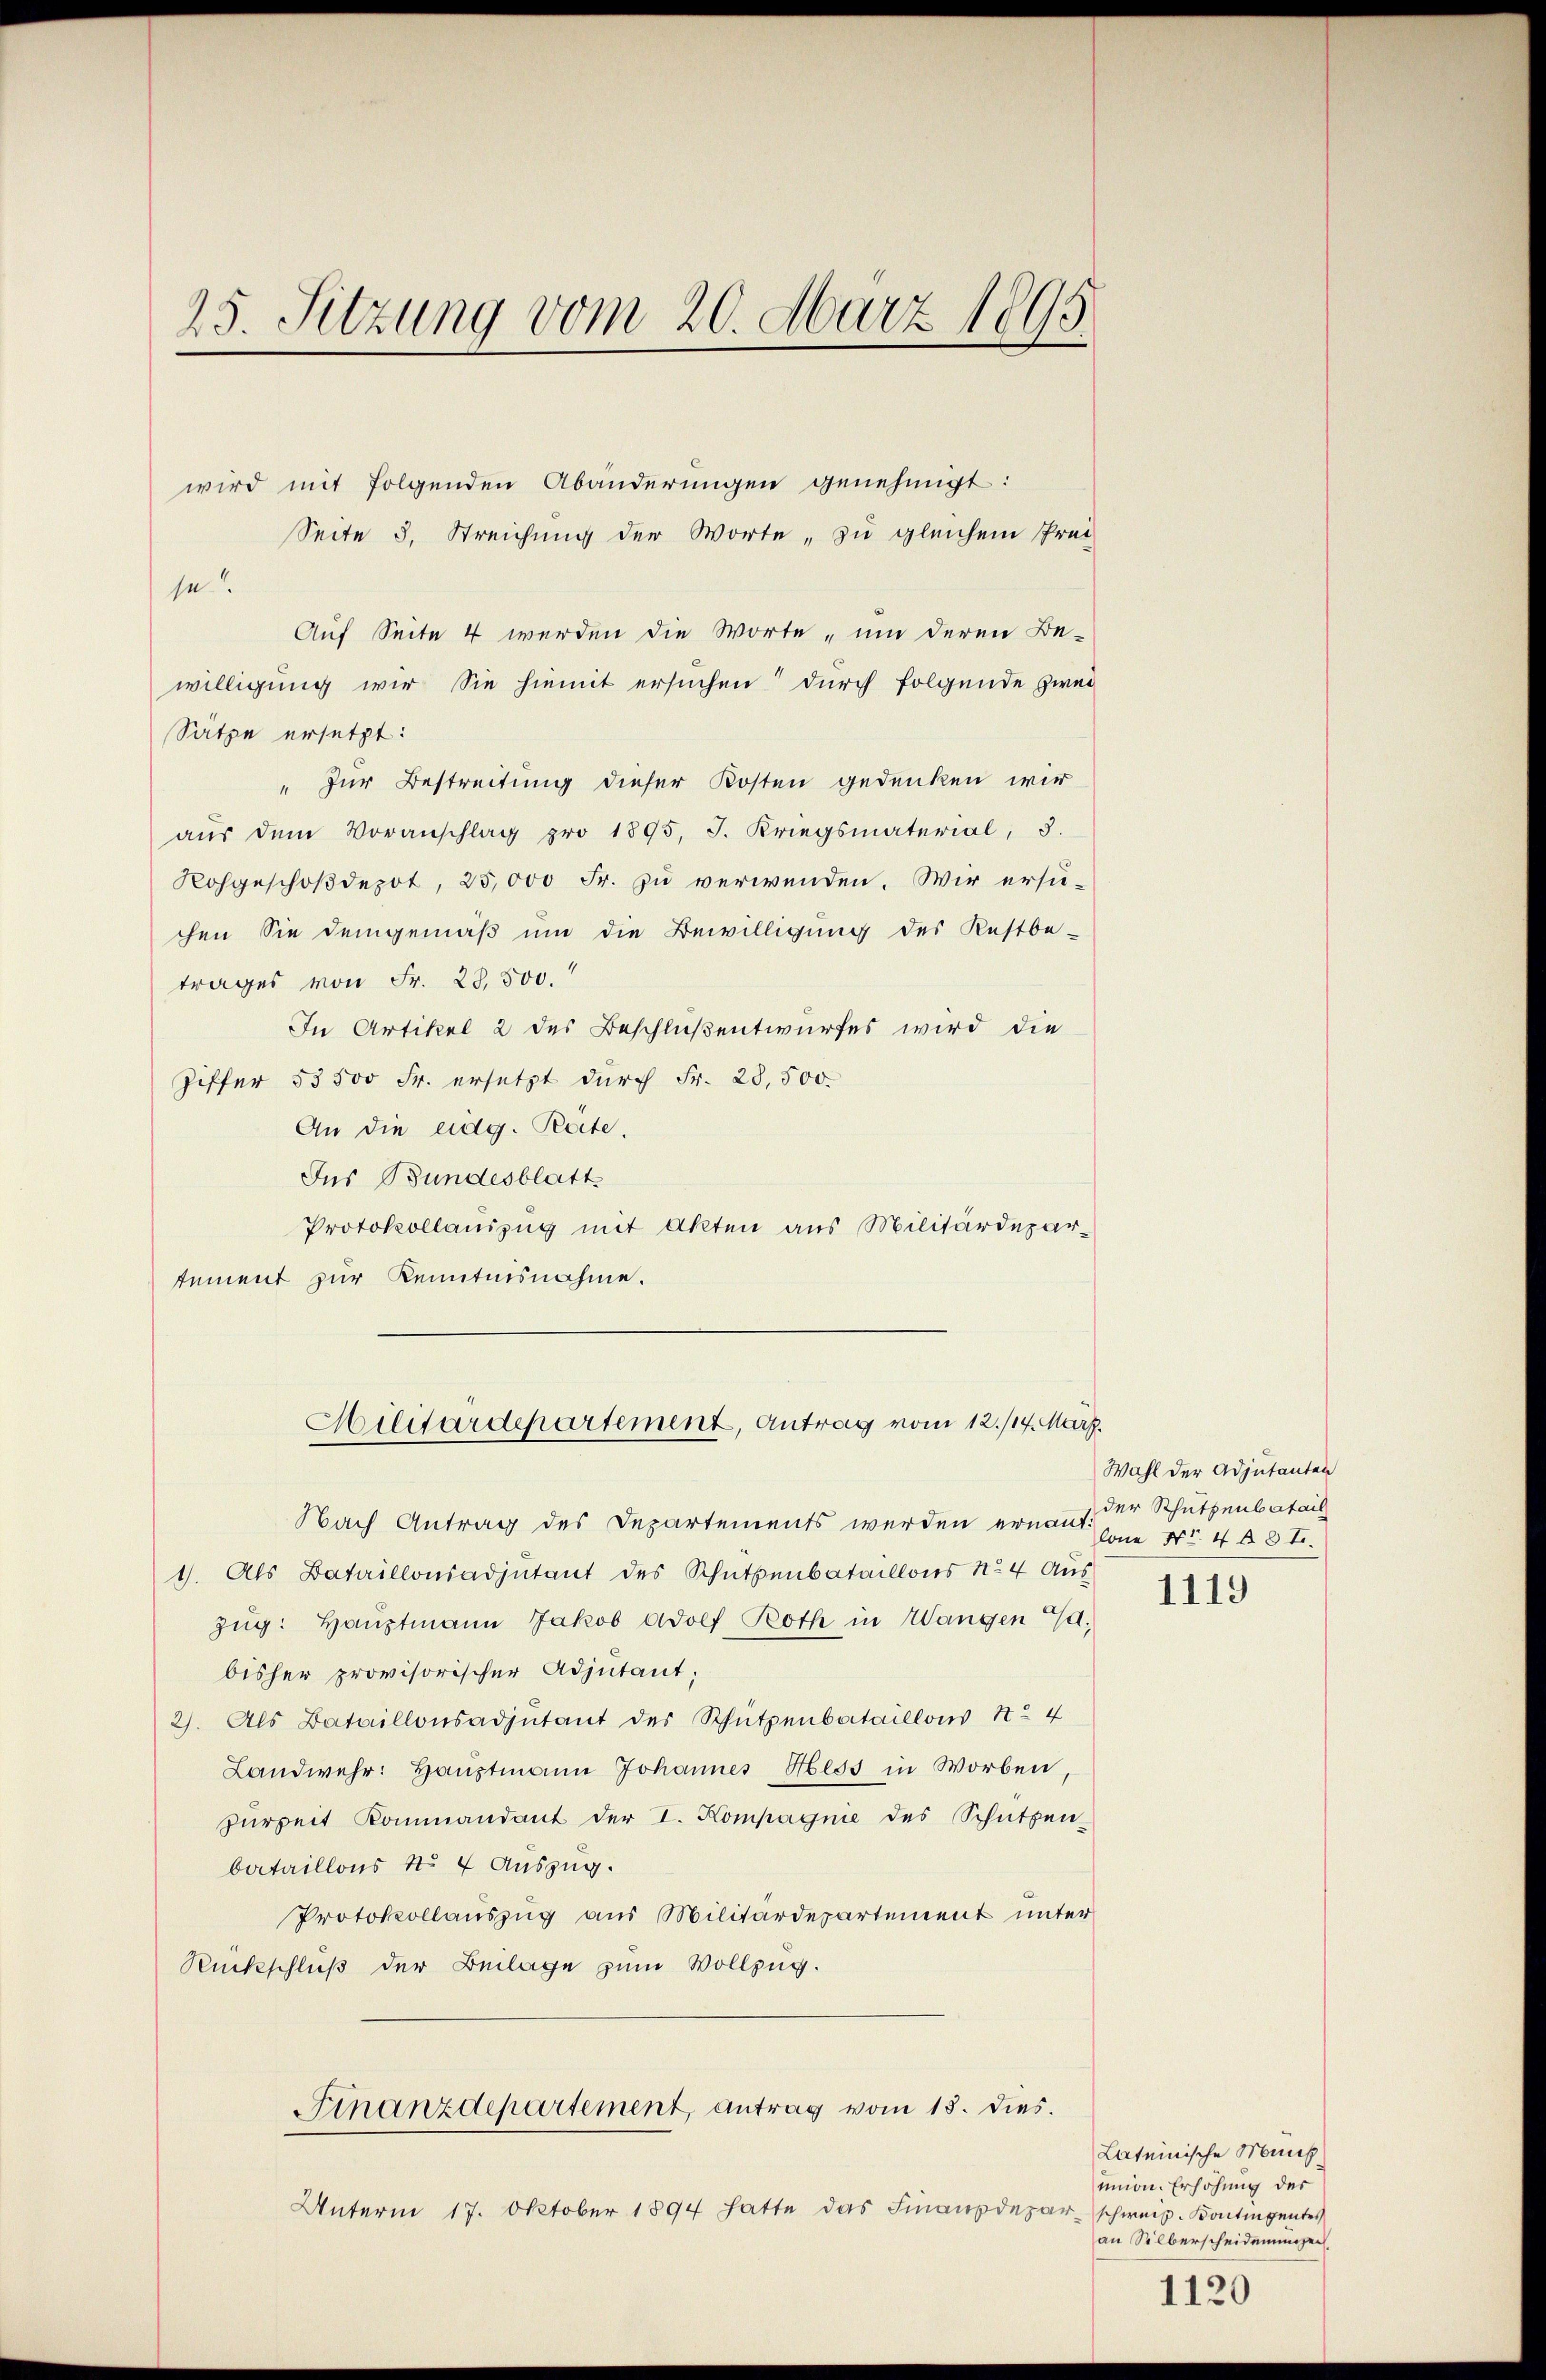
25. Sitzung vom 20. März 1895

wird mit folgenden Abänderungen genehmigt:
Seite 3. Streichung der Worte, zu gleichem Prei
se?
Auf Seite 4 werden die Worte „um deren Be-
willigung wir Sie hiemit ersuchen durch folgende zwei
Sätze ersetzt:
" zur Bestreitung dieser Kosten gedenken wir
aŭs dem Voranschlag pro 1895, J. Kriegsmaterial, 3.
Rohgeschoβdepot, 25,000 Fr. zu verwenden. Wir ersuchen Sie demgemäß um die Bewilligung des Restbe-
trages von Fr. 23,500.
In Artikel 2 des Beschlußentwurfes wird die
Ziffer 53500 Fr. ersetzt durch Fr. 28,500.
An die eidg. Reite.
Ins Bundesblatt
Protokollauszug mit Akten aus Militärdepar-
tement zur Kenntnisnahme.
Militärdepartement, Antrag vom 12./14. März.
Nach Antrag des Departements werden ernannt:
1. Als Bataillonsadjutant des Schutzenbataillons No 4 Aus
Zug: Hauptmann Jakob Adolf Both in Wangen d.
bisher provisorischer Adjutant;
2). Als Bataillonsadjutant des Schützenbataillons No 4
Landwehr: Haŭptmann Johannes Hess in Worben,
Zŭrzeit Kommandant der I. Kompagnie des Schützen-
bataillons No 4 Auszug.
Protokollauszug aus Militärdepartement unter
Rückschluß der Beilage zum Vollzug.
Finanzdepartement, antrag vom 15. dies.
Unterm 17. Oktober 1894 hatte das Finanzdepar-schweiz. Kontingentes

Wahl der Adjutanten
der Schutzenbatail
lone Nr. 4 § 8 f.

1119

Lateinische Munkunion. Erhöhung der
an Silberscheidenungen

1120